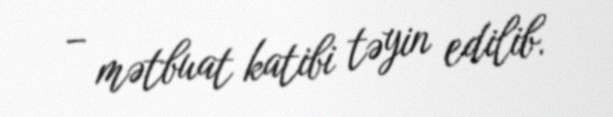
– mətbuat katibi təyin edilib.